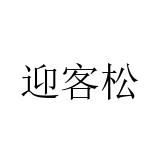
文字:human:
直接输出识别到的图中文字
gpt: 迎客松